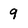
Character: 9